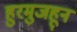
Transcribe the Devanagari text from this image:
हुरमुजहून